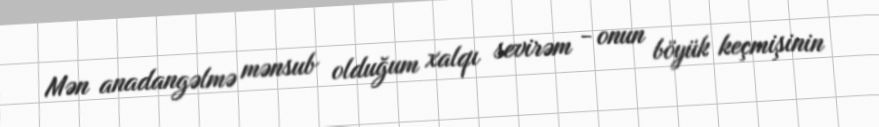
Mən anadangəlmə mənsub olduğum xalqı sevirəm - onun böyük keçmişinin